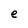
Character: e